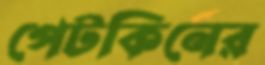
পেটকিনের